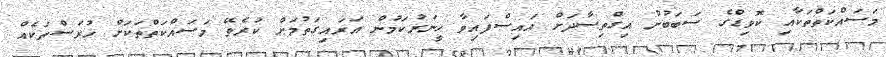
މަސައްކަތްތަކާއި ކޮވިޑްގެ ސަބަބުން އިގްތިސާދަށް އައިސްފައިވާ ހީނަރުކަމުން އަރައިގަތުމަށް ކުރެވޭ މަސައްކަތްތަކަށް ހުރަސްތަކެއް